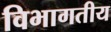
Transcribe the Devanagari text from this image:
विभागतीय